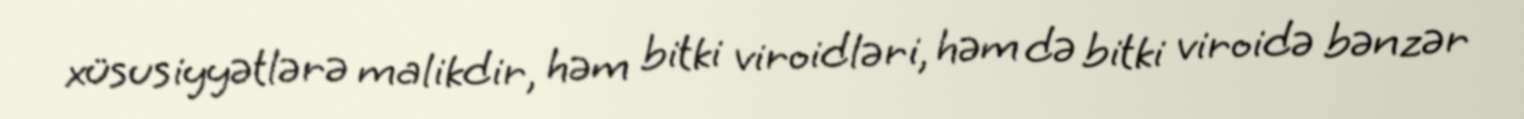
xüsusiyyətlərə malikdir, həm bitki viroidləri, həm də bitki viroidə bənzər